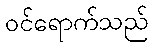
ဝင်ရောက်သည်